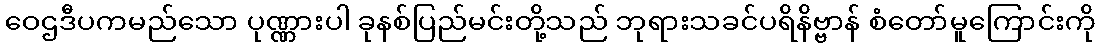
ဝေဌဒီပကမည်သော ပုဏ္ဏားပါ ခုနစ်ပြည်မင်းတို့သည် ဘုရားသခင်ပရိနိဗ္ဗာန် စံတော်မူကြောင်းကို